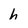
Character: h